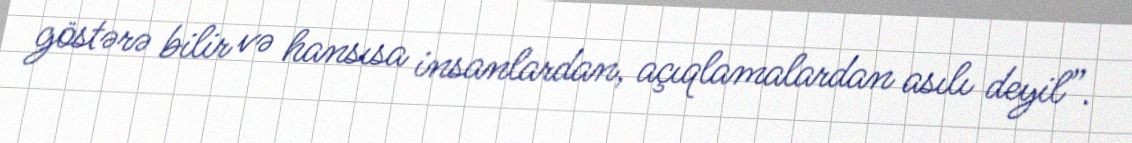
göstərə bilir və hansısa insanlardan, açıqlamalardan asılı deyil”.